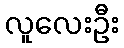
လူလေးဦး